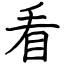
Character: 看